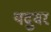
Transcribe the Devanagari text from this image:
यदुवर